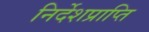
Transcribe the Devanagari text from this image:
निर्देशप्राप्ति